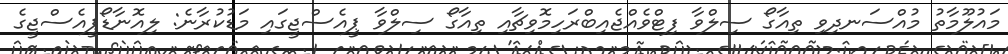
މައުލޫމާތު މުއްސަނދިވި ތިއާގޯ ސިލްވާ ފިޓްވެއްޖެއިބްރަހިމޮވިޗާއި ތިއާގޯ ސިލްވާ ޕީއެސްޖީގައި މަޑުކުރާނެ: ލިއޮނާޑޯޕީއެސްޖީގެ